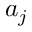
a _ { j }